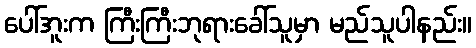
ပေါ်အူးက ကြီးကြီးဘုရားခေါ်သူမှာ မည်သူပါနည်း။